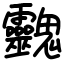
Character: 䰱